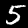
Digit: 5